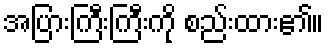
အပြားကြီးကြီးကို စည်းထား၏။